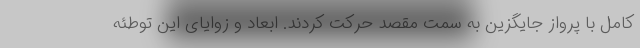
کامل با پرواز جایگزین به سمت مقصد حرکت کردند. ابعاد و زوایای این توطئه